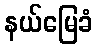
နယ်မြေခံ